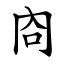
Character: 㕯